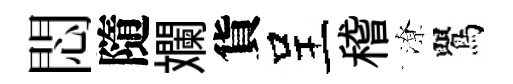
悶隨斕貨呈稽潦鸎